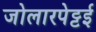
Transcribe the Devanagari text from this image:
जोलारपेट्टई